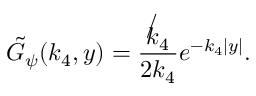
\tilde { G } _ { \psi } ( k _ { 4 } , y ) = \frac { \not k _ { 4 } } { 2 k _ { 4 } } e ^ { - k _ { 4 } | y | } .